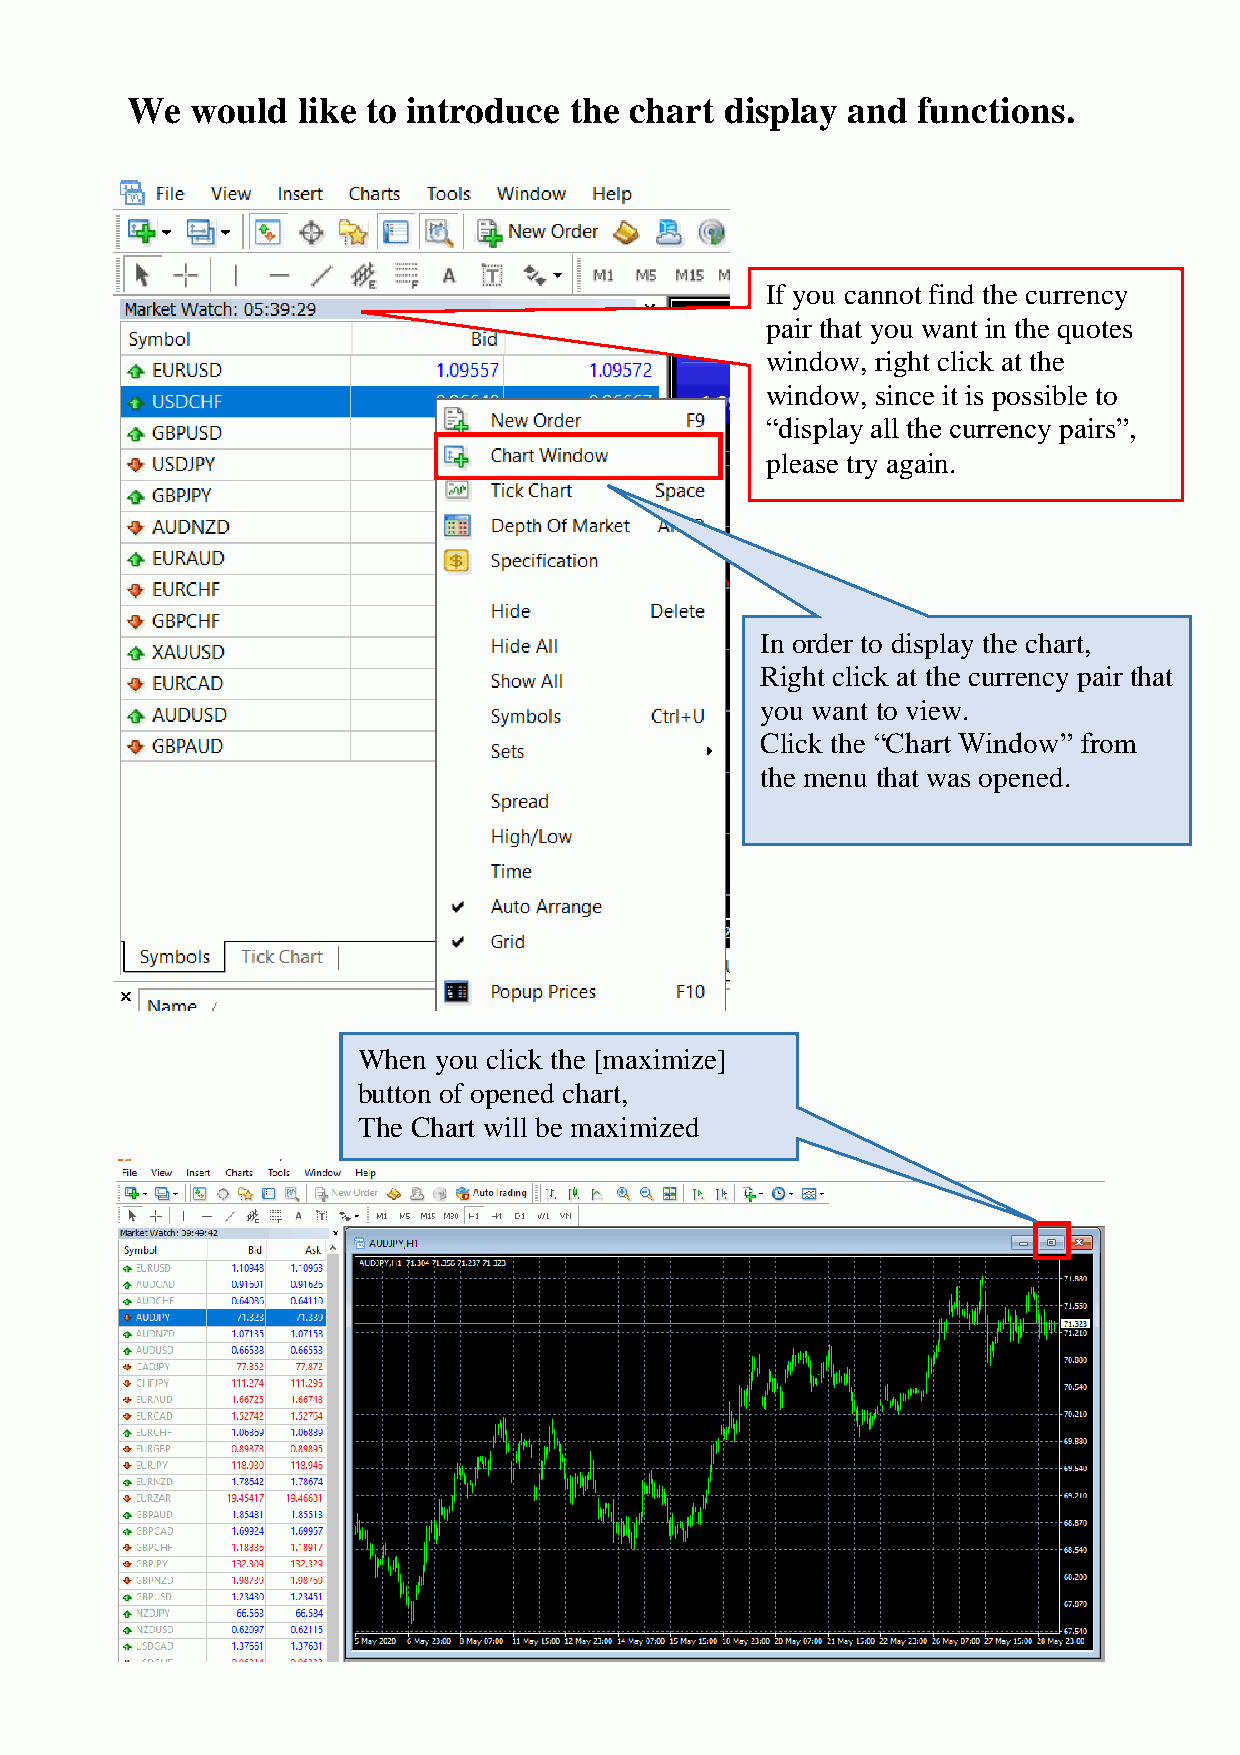
We   would  like to introduce the chart display and  functions.
 If you cannot find the currency
 pair that you want in the quotes
 window, right click at the
 window, since it is possible to
 “display all the currency pairs”,
 please try again.
 In order to display the chart,
 Right click at the currency pair that
 you want to view.
 Click the “Chart Window” from
 the menu that was opened.
 When you click the [maximize]
 button of opened chart,
 The Chart will be maximized